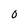
Character: O